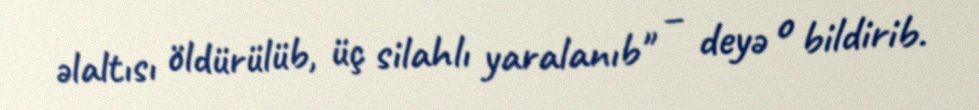
əlaltısı öldürülüb, üç silahlı yaralanıb" – deyə o bildirib.